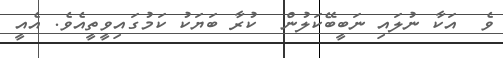
ވެ  އަކާ ނުލައި ނަބީބޭކަލުން  ކުރާ ބަޔަކު ކަމުގައިވީތީއެވެ. އެއީ